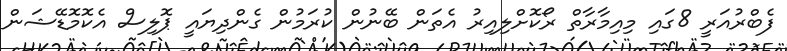
ފެބްރުއަރީ 8ގައި މިއިމާރާތް ރޯކޮށްލިއިރު އެތަން ބޭނުން ކުރަމުން ގެންދިޔައީ ޕޮލިސް އެކޮމޮޑޭޝަން